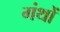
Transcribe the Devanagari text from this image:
गंथों